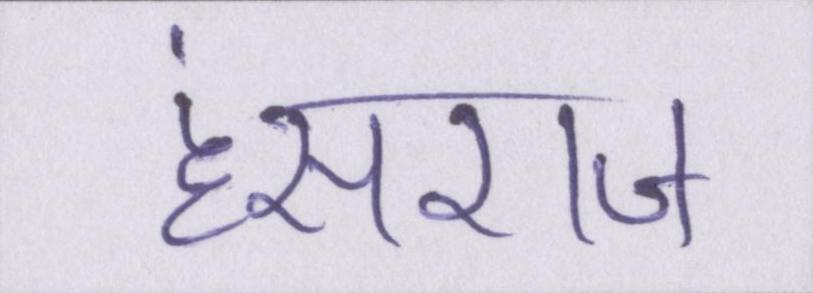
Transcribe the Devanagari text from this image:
हंसराज